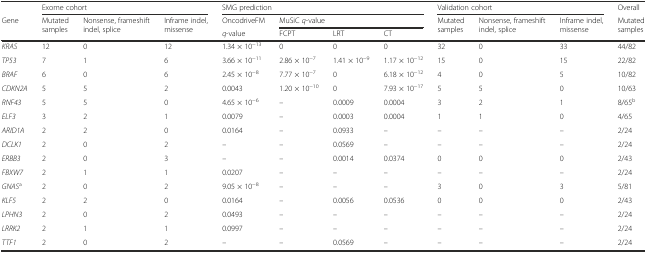
<table><thead><tr><td></td><td colspan="3"><b>Exome cohort</b></td><td colspan="4"><b>SMG prediction</b></td><td colspan="3"><b>Validation cohort</b></td><td><b>Overall</b></td></tr><tr><td><b>Gene</b></td><td rowspan="2"><b>Mutated samples</b></td><td rowspan="2"><b>Nonsense, frameshift indel, splice</b></td><td rowspan="2"><b>Inframe indel, missense</b></td><td><b>OncodriveFM</b></td><td colspan="3"><b>MuSiC <i>q</i>-value</b></td><td rowspan="2"><b>Mutated samples</b></td><td rowspan="2"><b>Nonsense, frameshift indel, splice</b></td><td rowspan="2"><b>Inframe indel, missense</b></td><td rowspan="2"><b>Mutated samples</b></td></tr><tr><td></td><td><b><i>q</i>-value</b></td><td><b>FCPT</b></td><td><b>LRT</b></td><td><b>CT</b></td></tr></thead><tbody><tr><td><i>KRAS</i></td><td>12</td><td>0</td><td>12</td><td>1.34 × 10<sup>−13</sup></td><td>0</td><td>0</td><td>0</td><td>32</td><td>0</td><td>33</td><td>44/82</td></tr><tr><td><i>TP53</i></td><td>7</td><td>1</td><td>6</td><td>3.66 × 10<sup>−11</sup></td><td>2.86 × 10<sup>−7</sup></td><td>1.41 × 10<sup>−9</sup></td><td>1.17 × 10<sup>−12</sup></td><td>15</td><td>0</td><td>15</td><td>22/82</td></tr><tr><td><i>BRAF</i></td><td>6</td><td>0</td><td>6</td><td>2.45 × 10<sup>−8</sup></td><td>7.77 × 10<sup>−7</sup></td><td>0</td><td>6.18 × 10<sup>−12</sup></td><td>4</td><td>0</td><td>5</td><td>10/82</td></tr><tr><td><i>CDKN2A</i></td><td>5</td><td>5</td><td>2</td><td>0.0043</td><td>1.20 × 10<sup>−10</sup></td><td>0</td><td>7.93 × 10<sup>−17</sup></td><td>5</td><td>5</td><td>0</td><td>10/63</td></tr><tr><td><i>RNF43</i></td><td>5</td><td>5</td><td>0</td><td>4.65 × 10<sup>−6</sup></td><td>–</td><td>0.0009</td><td>0.0004</td><td>3</td><td>2</td><td>1</td><td>8/65<sup>b</sup></td></tr><tr><td><i>ELF3</i></td><td>3</td><td>2</td><td>1</td><td>0.0079</td><td>–</td><td>0.0003</td><td>0.0004</td><td>1</td><td>1</td><td>0</td><td>4/65</td></tr><tr><td><i>ARID1A</i></td><td>2</td><td>2</td><td>0</td><td>0.0164</td><td>–</td><td>0.0933</td><td>–</td><td>–</td><td>–</td><td>–</td><td>2/24</td></tr><tr><td><i>DCLK1</i></td><td>2</td><td>0</td><td>2</td><td>–</td><td>–</td><td>0.0569</td><td>–</td><td>–</td><td>–</td><td>–</td><td>2/24</td></tr><tr><td><i>ERBB3</i></td><td>2</td><td>0</td><td>3</td><td>–</td><td>–</td><td>0.0014</td><td>0.0374</td><td>0</td><td>0</td><td>0</td><td>2/43</td></tr><tr><td><i>FBXW7</i></td><td>2</td><td>1</td><td>1</td><td>0.0207</td><td>–</td><td>–</td><td>–</td><td>–</td><td>–</td><td>–</td><td>2/24</td></tr><tr><td><i>GNAS</i><sup>a</sup></td><td>2</td><td>0</td><td>2</td><td>9.05 × 10<sup>−8</sup></td><td>–</td><td>–</td><td>–</td><td>3</td><td>0</td><td>3</td><td>5/81</td></tr><tr><td><i>KLF5</i></td><td>2</td><td>2</td><td>0</td><td>0.0164</td><td>–</td><td>0.0056</td><td>0.0536</td><td>0</td><td>0</td><td>0</td><td>2/43</td></tr><tr><td><i>LPHN3</i></td><td>2</td><td>0</td><td>2</td><td>0.0493</td><td>–</td><td>–</td><td>–</td><td>–</td><td>–</td><td>–</td><td>2/24</td></tr><tr><td><i>LRRK2</i></td><td>2</td><td>1</td><td>1</td><td>0.0997</td><td>–</td><td>–</td><td>–</td><td>–</td><td>–</td><td>–</td><td>2/24</td></tr><tr><td><i>TTF1</i></td><td>2</td><td>0</td><td>2</td><td>–</td><td>–</td><td>0.0569</td><td>–</td><td>–</td><td>–</td><td>–</td><td>2/24</td></tr></tbody></table>